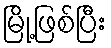
မြို့ဖြစ်ပြီး